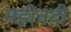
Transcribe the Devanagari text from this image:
महीनदी